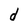
Character: d